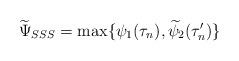
LaTeX: \begin{align*}\widetilde{\Psi}_{SSS}=\max\{\psi_{1}(\tau_{n}),{\widetilde\psi}_{2}(\tau_{n}')\}\end{align*}